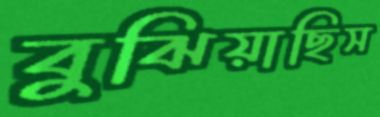
বুঝিয়াছিস